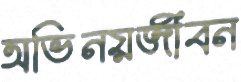
অভিনয়জীবন